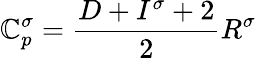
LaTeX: \mathbb{C}_{p}^{\sigma}=\frac{{D+I^{\sigma}+2}}{{2}}R^{\sigma}